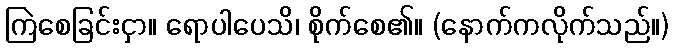
ကြဲစေခြင်းငှာ။ ရောပါပေသိ၊ စိုက်စေ၏။ (နောက်ကလိုက်သည်။)